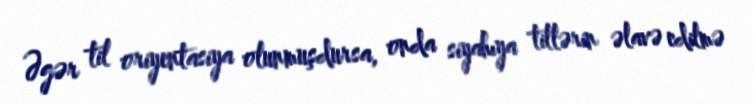
Əgər til oriyentasiya olunmuşdursa, onda siyahıya tillərin əlavə edilmə